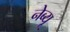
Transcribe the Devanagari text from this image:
नेब्यू